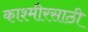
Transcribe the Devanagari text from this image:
काश्मीरसाठी